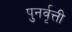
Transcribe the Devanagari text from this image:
पुनर्वृत्ती